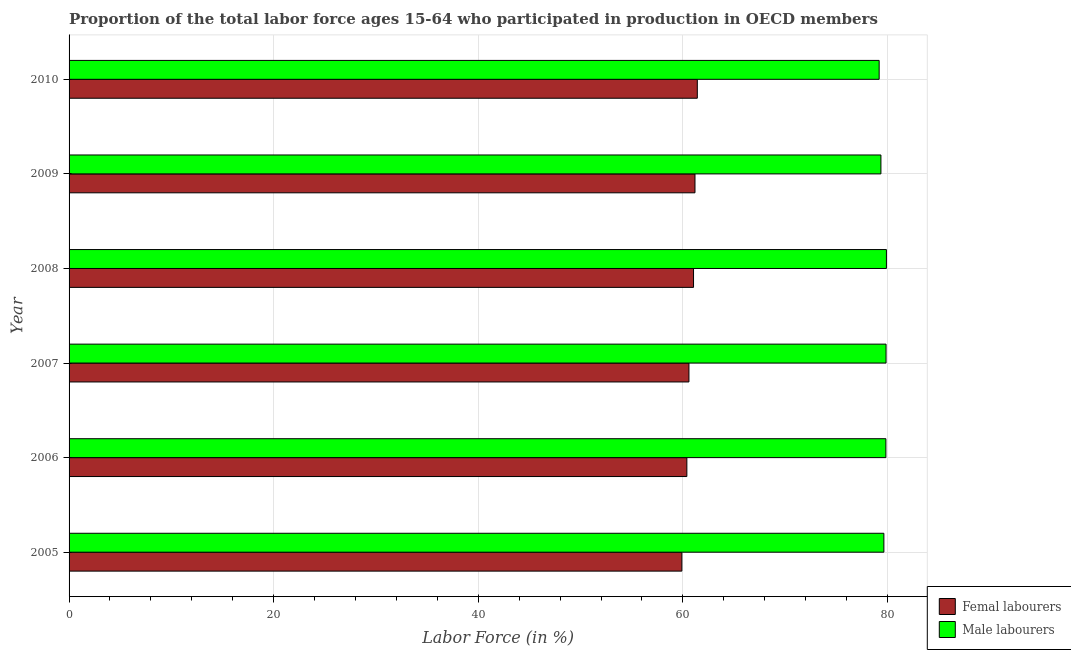
| Year | Femal labourers | Male labourers |
 | --- | --- | --- |
 | 2005 | 59.9 | 79.6 |
 | 2006 | 60.4 | 79.8 |
 | 2007 | 60.6 | 79.9 |
 | 2008 | 61 | 79.9 |
 | 2009 | 61.2 | 79.4 |
 | 2010 | 61.4 | 79.2 |